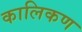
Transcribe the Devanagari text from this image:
कालिकण